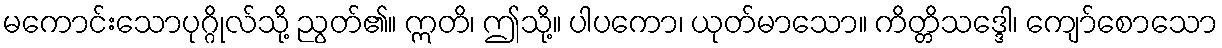
မကောင်းသောပုဂ္ဂိုလ်သို့ ညွတ်၏။ ဣတိ၊ ဤသို့။ ပါပကော၊ ယုတ်မာသော။ ကိတ္တိသဒ္ဒေါ၊ ကျော်စောသော